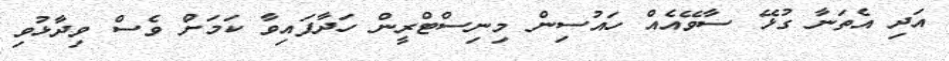
އަދި އެތަނާ ގުޅޭ ސާވޭއެއް ހައުސިން މިނިސްޓްރީން ހަދާފައިވާ ކަމަށް ވެސް ވިދާޅުވި